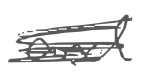
Text: and
Cross-out: scratch
Writing tool: digital_gray